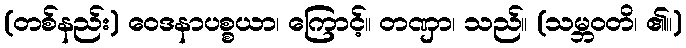
(တစ်နည်း) ဝေဒနာပစ္စယာ၊ ကြောင့်။ တဏှာ၊ သည်။ (သမ္ဘဝတိ၊ ၏။)